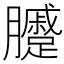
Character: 𰯫